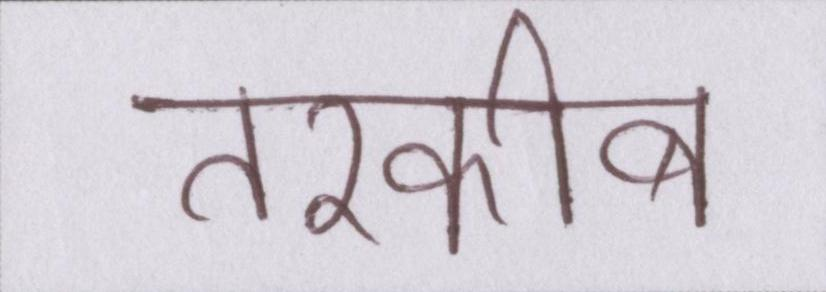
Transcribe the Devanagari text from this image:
तरकीब